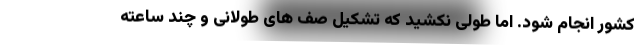
کشور انجام شود. اما طولی نکشید که تشکیل صف های طولانی و چند ساعته